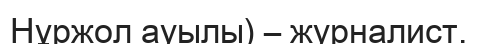
Нұржол ауылы) – журналист.